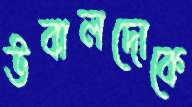
উবালদোকে